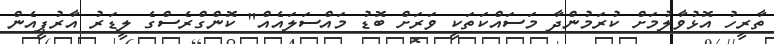
ތާރީހު އޮޅުވާލުމަށް ކުރަމުންދާ މަސައްކަތަކީ ވަރަށް ބޮޑު މައްސަލައެއް" ކޮންގްރެސްގެ ލީޑަރު އާރުޕީއެން